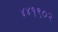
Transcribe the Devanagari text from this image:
४४१९०२